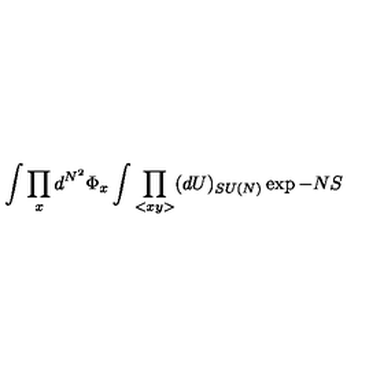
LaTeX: \int \prod _ { x } d ^ { N ^ { 2 } } \Phi _ { x } \int \prod _ { < x y > } ( d U ) _ { S U ( N ) } \exp { - N S }